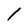
Character: 1